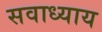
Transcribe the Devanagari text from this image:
सवाध्याय